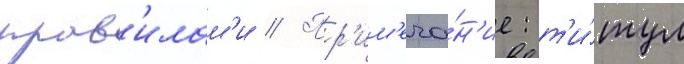
прав'илам'и // Пр'им'еча́н'ие: т'и́тул